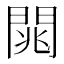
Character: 𨴡